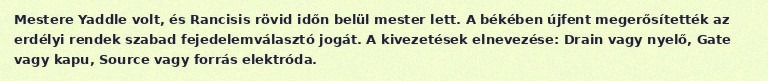
Mestere Yaddle volt, és Rancisis rövid időn belül mester lett. A békében újfent megerősítették az erdélyi rendek szabad fejedelemválasztó jogát. A kivezetések elnevezése: Drain vagy nyelő, Gate vagy kapu, Source vagy forrás elektróda.